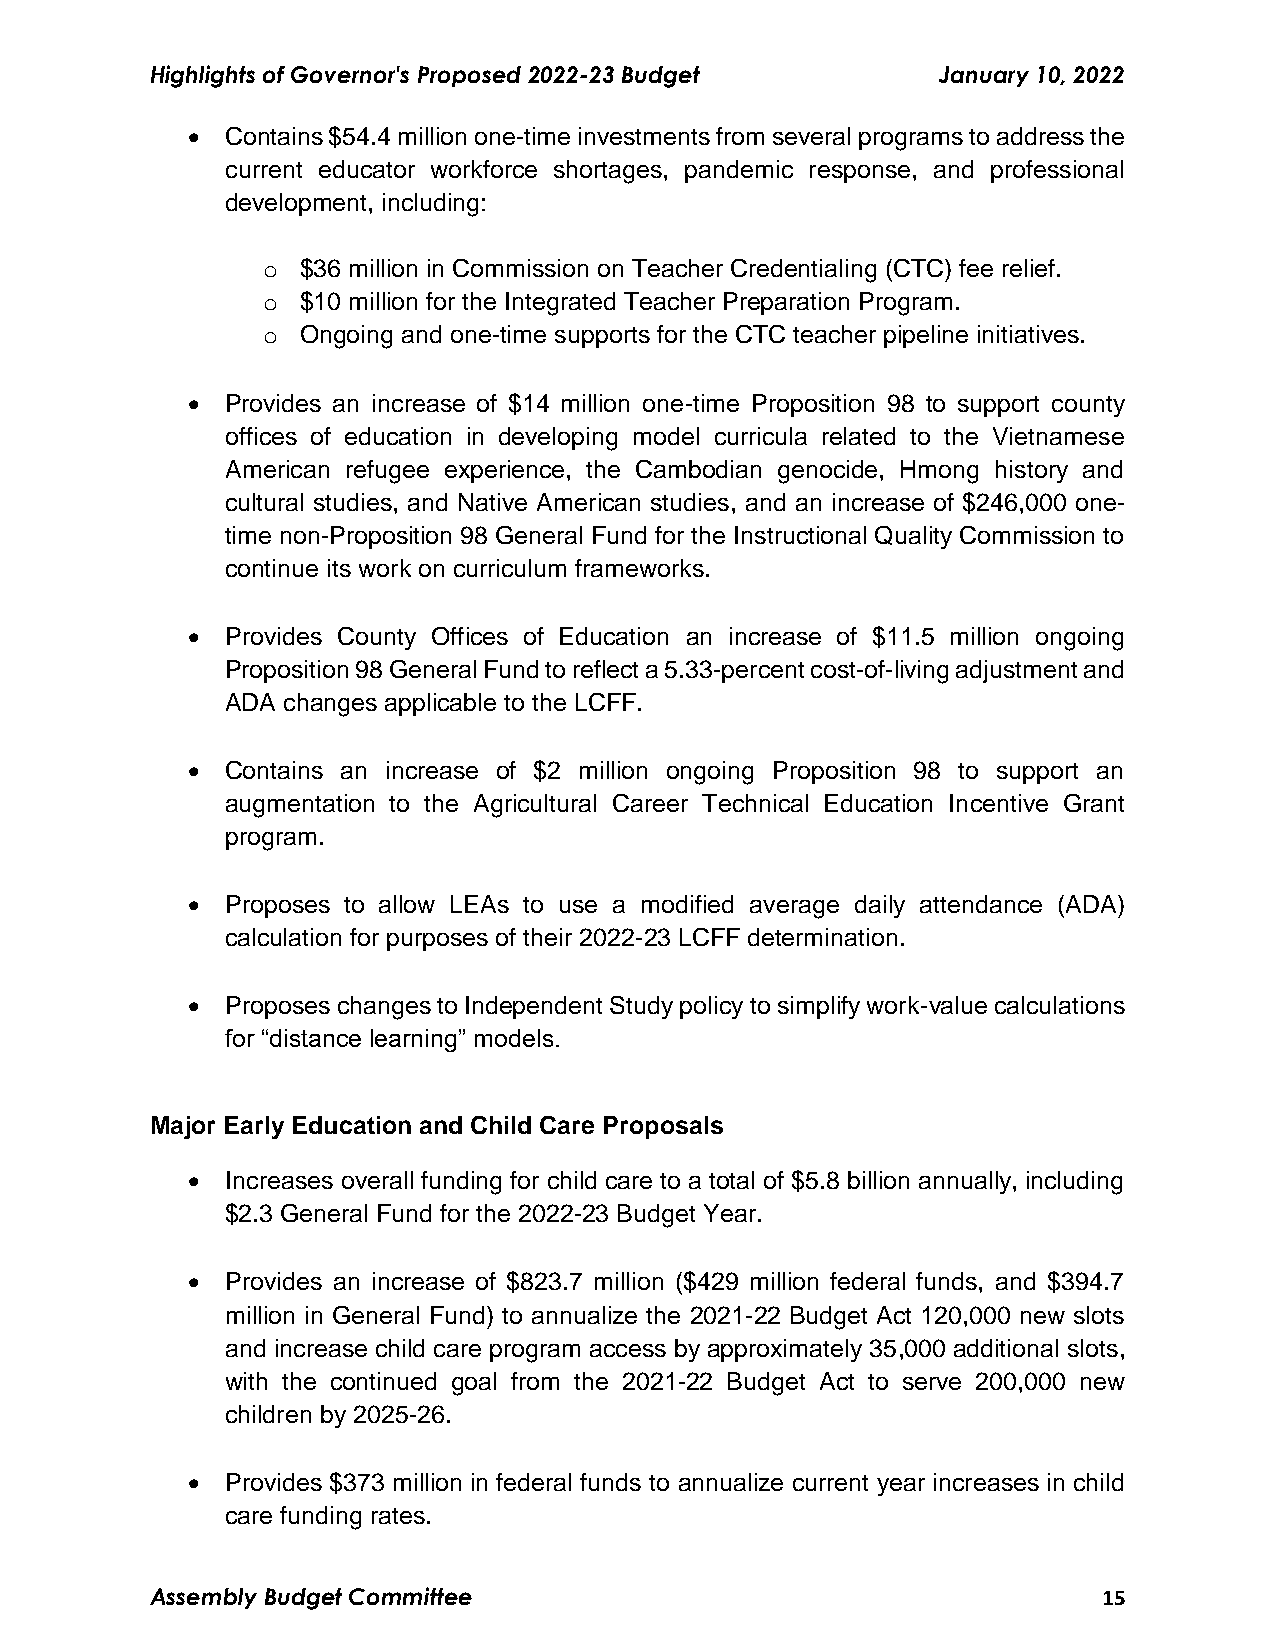
Highlights of Governor's Proposed 2022-23 Budget    January 10, 2022
   Contains $54.4 million one-time investments from several programs to address the
 current educator workforce shortages, pandemic response, and professional
 development, including:
 o  $36 million in Commission on Teacher Credentialing (CTC) fee relief.
 o  $10 million for the Integrated Teacher Preparation Program.
 o  Ongoing and one-time supports for the CTC teacher pipeline initiatives.
   Provides an increase of $14 million one-time Proposition 98 to support county
 offices of education in developing model curricula related to the Vietnamese
 American refugee experience, the Cambodian genocide, Hmong history and
 cultural studies, and Native American studies, and an increase of $246,000 one-
 time non-Proposition 98 General Fund for the Instructional Quality Commission to
 continue its work on curriculum frameworks.
   Provides County Offices of Education an increase of $11.5 million ongoing
 Proposition 98 General Fund to reflect a 5.33-percent cost-of-living adjustment and
 ADA changes applicable to the LCFF.
   Contains an increase of $2 million ongoing Proposition 98 to support an
 augmentation to the Agricultural Career Technical Education Incentive Grant
 program.
   Proposes to allow LEAs to use a modified average daily attendance (ADA)
 calculation for purposes of their 2022-23 LCFF determination.
   Proposes changes to Independent Study policy to simplify work-value calculations
 for “distance learning” models.
 Major Early Education and Child Care Proposals
   Increases overall funding for child care to a total of $5.8 billion annually, including
 $2.3 General Fund for the 2022-23 Budget Year.
   Provides an increase of $823.7 million ($429 million federal funds, and $394.7
 million in General Fund) to annualize the 2021-22 Budget Act 120,000 new slots
 and increase child care program access by approximately 35,000 additional slots,
 with the continued goal from the 2021-22 Budget Act to serve 200,000 new
 children by 2025-26.
   Provides $373 million in federal funds to annualize current year increases in child
 care funding rates.
 Assembly Budget Committee                                      15